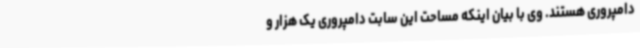
دامپروری هستند. وی با بیان اینکه مساحت این سابت دامپروری یک هزار و